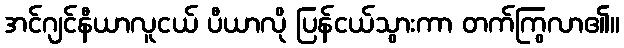
အင်ဂျင်နီယာလူငယ် ပီယာလို ပြန်ငယ်သွားကာ တက်ကြွလာ၏။